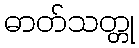
ဓာတ်သတ္တု